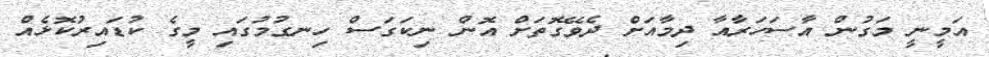
އަމީނީ މަގުން އާސަހަރާއާ ދިމާއަށް ދެވޭގޮތަށް އޮން ނިކަގަސް ހިނގުމުގައި މީގެ ކުޑައިރުކޮޅެއް